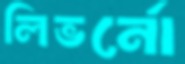
লিভর্নো